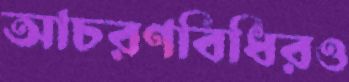
আচরণবিধিরও